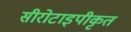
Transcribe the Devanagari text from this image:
सीरोटाइपीकृत